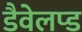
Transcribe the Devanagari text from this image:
डैवेलप्ड